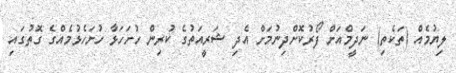
ލިޔުމެއް (ތަކެތި) ނަދީމްއަށް ފޯރުކޮށްދިނުމަށް އެދި ޝަރީއަތުގެ ކުރިން ހުށަހަޅާ ހުށަހެޅުމެއްގެ ގޮތުގައި